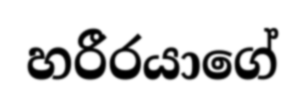
හරීරයාගේ